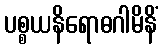
ပစ္စယနိရောဓဂါမိနိံ